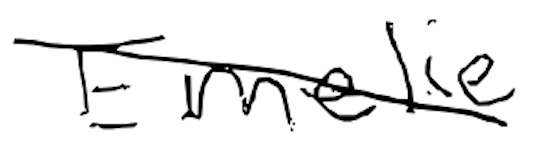
Text: Emile
Cross-out: mix
Writing tool: digital_black